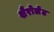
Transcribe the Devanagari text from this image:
शैरोलेट